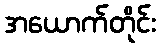
အယောက်တိုင်း